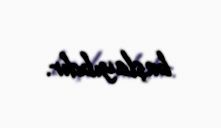
başlayıbdır.